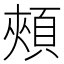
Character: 頰